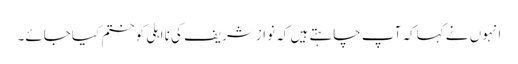
انہوں نے کہاکہ آپ چاہتے ہیں کہ نوازشریف کی نااہلی کوختم کیاجائے۔